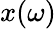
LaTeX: x(\omega)